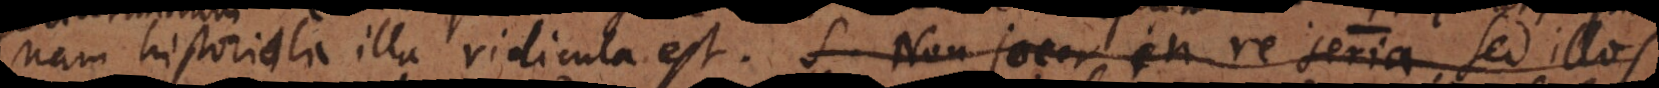
nam historiola illa ridicula est. S. Non jocor in re seria, sed illos